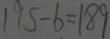
1 9 5 - 6 = 1 8 9